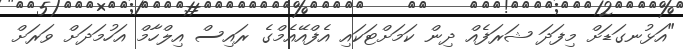
"އަޅުނގަޑަށް މިފަދަ ޝަރަފެއް ދިން ކަަމަށްޓަކައި އެފްއޭއެމްގެ ރައިސް އިލްހާމް އަހުމަދަށް ވަރަށް